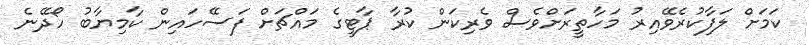
ކަމަށް ލަފާކުރެވޭއިރު މަހާތީރަށްވެސް ވެރިކަން ކުރާ ޕާޓީގެ މައްޗަށް ފަސޭހައިން ކާމިޔާބު ހޯދޭނެ